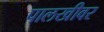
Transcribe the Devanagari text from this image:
पालखीवर